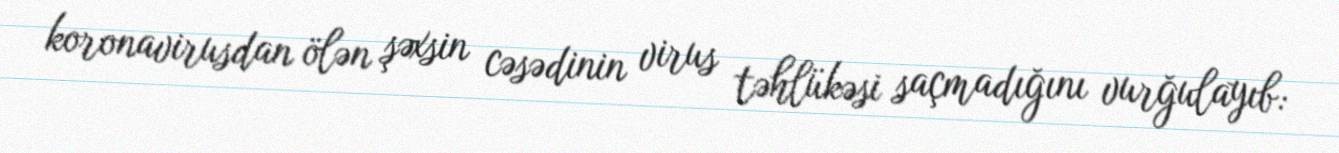
koronavirusdan ölən şəxsin cəsədinin virus təhlükəsi saçmadığını vurğulayıb: